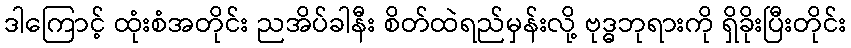
ဒါကြောင့် ထုံးစံအတိုင်း ညအိပ်ခါနီး စိတ်ထဲရည်မှန်းလို့ ဗုဒ္ဓဘုရားကို ရှိခိုးပြီးတိုင်း